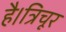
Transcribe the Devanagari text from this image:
है।त्रिचूर